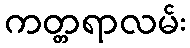
ကတ္တရာလမ်း